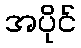
အပိုင်